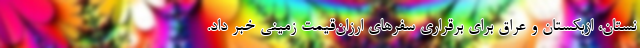
نستان، ازبکستان و عراق برای برقراری سفرهای ارزان‌قیمت زمینی خبر داد.